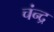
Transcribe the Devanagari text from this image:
चंन्द्र